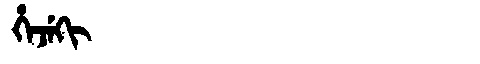
Manchu: ᡥᡝᠵᡝᡴᡳ
Romanization: HEJEKI